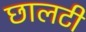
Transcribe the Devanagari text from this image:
छालटी